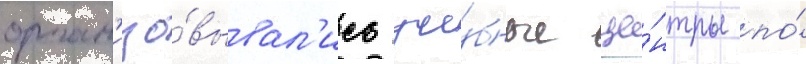
орган'изо́вывал'ись уче́бные це́нтры по́